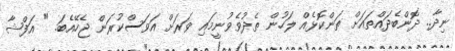
ނިދާ.. ދޮންބެދައްތައަށް ތަންކޮޅެއް ލަހުން ތެދުވެވުނީމައި ވަރަށް އަވަސްކުރަން ޖެހޭއެބަ. " އަފްޝާ